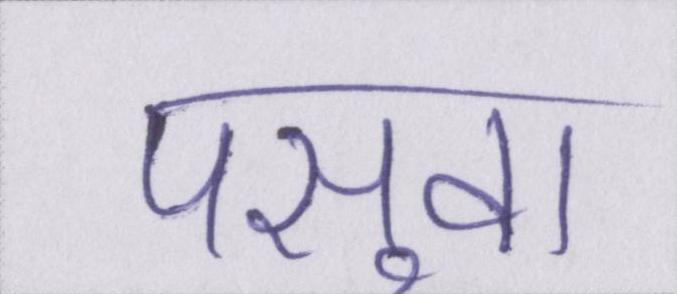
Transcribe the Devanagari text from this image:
पसुवा